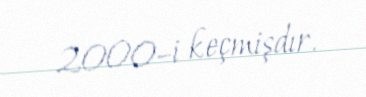
2000–i keçmişdır.